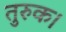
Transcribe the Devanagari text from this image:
तुरुक।